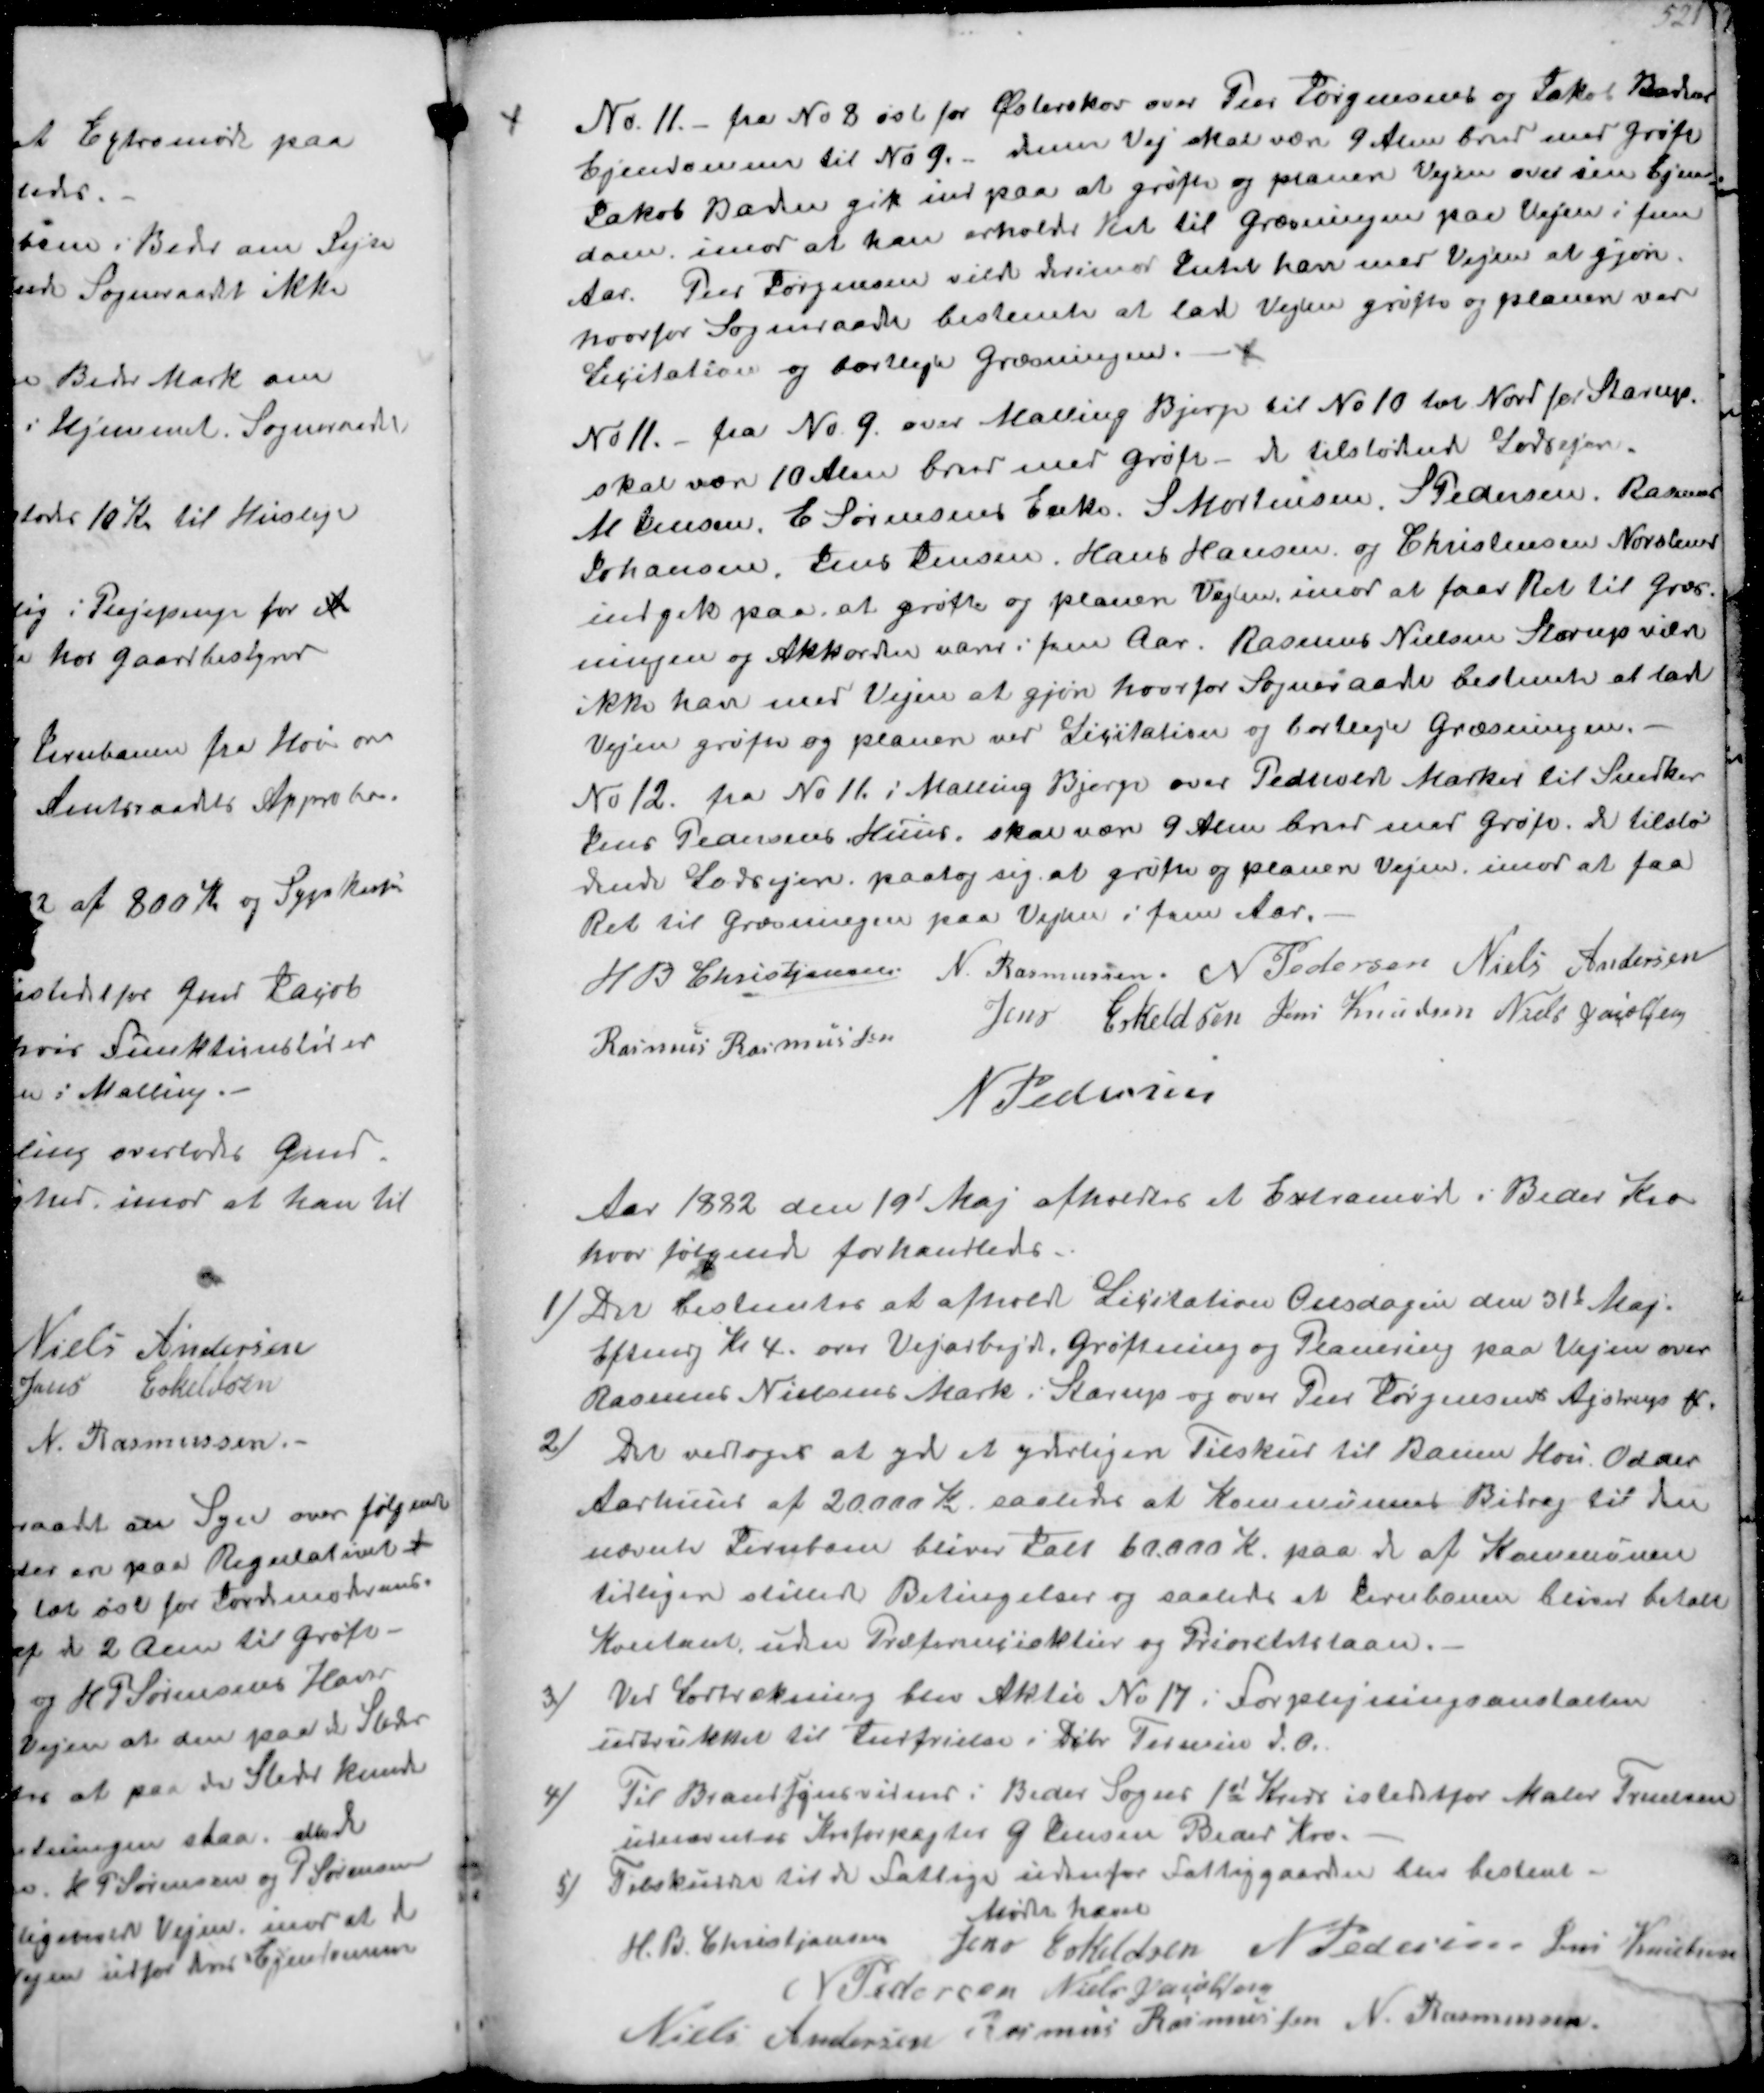
Transskription:
No. 11 fra No 8 øst for Østerskov over Peer Jørgensens og Jakob Baden
Ejendomme til No 9. denne Vej skal være 9 Alen bred med grøft
Jakob Baden gik ind paa at grøfte og planere Vejen over sin Ejen-
dom imod at han erholde Ret til Græsningen paa Vejen i fem
Aar. Peer Jørgensen vilde derimod Intet have med Vejen at gjøre.
hvorfor Sogneraade bestemte at lade Vejen grøfte og planere ved
Licitation og bortleje Græsningen.
No 11.- fra No. 9 over Malling Bjerge til No 10 til Nord for Starup
skal være 10 Alen bred med grøft- de tilstødende Lodsejere
M Jensen, E Sørensens Enke. S Mortensen, S Pedersen Rasmus
Johansen, Jens Jensen. Hans Hansen og Christensen Norslund
indgik paa, at grøfte og planere Vejen mod at faar Ret til Græs-
ningen og Akkorden varer i fem Aar. Rasmus Nielsen Starup vilde
ikke have med Vejen at gjøre hvorfor Sogneraade bestemte at lade
Vejen grøfte og planere ved Licitation og bortleje Græsningen.
No 12 fra No 11 i Malling Bjerge over Pedersens Marker til Snedker-
Jens Pedersens Huus, skal være 9 Alen bred med Grøft. de tilstø-
dende Lodsejere paatog sig at grøfte og planere Vejen imod at faa
Ret til Græsningen paa Vejen i fem Aar.
H B Christjansen
N. Rasmussen
N Pedersen
Niels Andersen
Rasmus Rasmussen
Jens Eskildsen
Jens Knudsen
Niels Jacobsen
N Pedersen

Aar 1882 den 19' Maj afholdtes et Extramøde i Beder Kro
hvor følgende forhandledes.
1) Der bestemtes at afholde Licitation Onsdagen den 31t Maj.
Eftmg Kl 4 om Vejarbejd, Grøftning og Planering paa Vejen over
Rasmus Nielsens Mark i Starup og over Peer Jørgensens Ajstrup
2) Det vedtoges at yde et yderligere Tilskud til Banen Hou Odder
Aarhuuet af 20000 K saaledes at Kommunens Bidrag til den
nævnte Jernbane bliver Ialt 60.000 K paa de af Kommunen
tidligere stillede Betingelser og saalede at Jernbanen bliver betalt
Kontant, uden Præferanceaktier og Prioritetslaan.
3) Ved Lodtrækning blev Aktie No 17 i Forplejningsanstalten
udtrukker til Indfrielse i Debr Termin d. A.
4) Til Brandsynsvidner i Beder Sogns 12 Kreds istedetfor Maler Truelsen
udnævntes Kroforpagter G Jensen Beder Kro
5) Tilskudene til de Fattige udenfor Fattiggaarden blev bestemt
Mødet hævet
H. B. Christjansen
Jens Eskildsen
N Pedersen
Jens Kristensen
N Pedersen.
Niels Jacobsen
Niels Andersen
Rasmus Rasmussen
N. Rasmussen